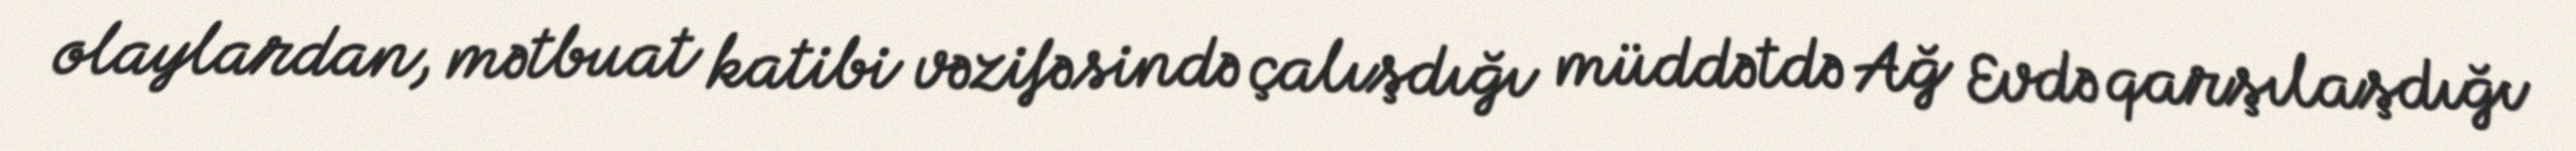
olaylardan, mətbuat katibi vəzifəsində çalışdığı müddətdə Ağ Evdə qarşılaşdığı